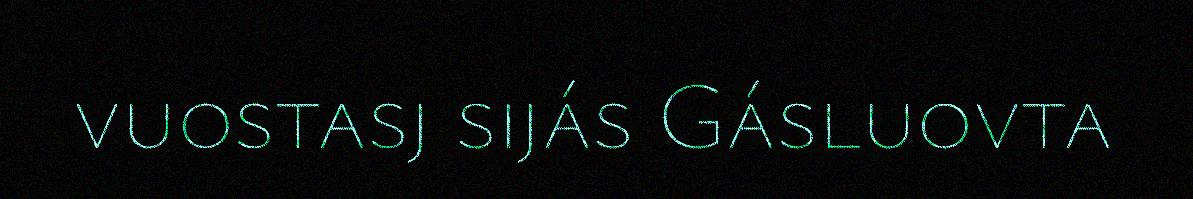
vuostasj sijás Gásluovta